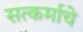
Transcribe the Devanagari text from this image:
सत्कर्माचे